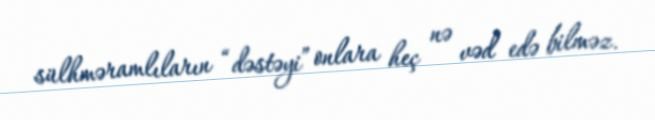
sülhməramlıların “dəstəyi” onlara heç nə vəd edə bilməz.